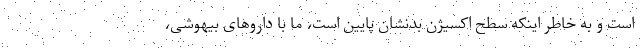
است و به خاطر اینکه سطح اکسیژن بدنشان پایین است، ما با داروهای بیهوشی،